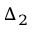
\Delta _ { 2 }